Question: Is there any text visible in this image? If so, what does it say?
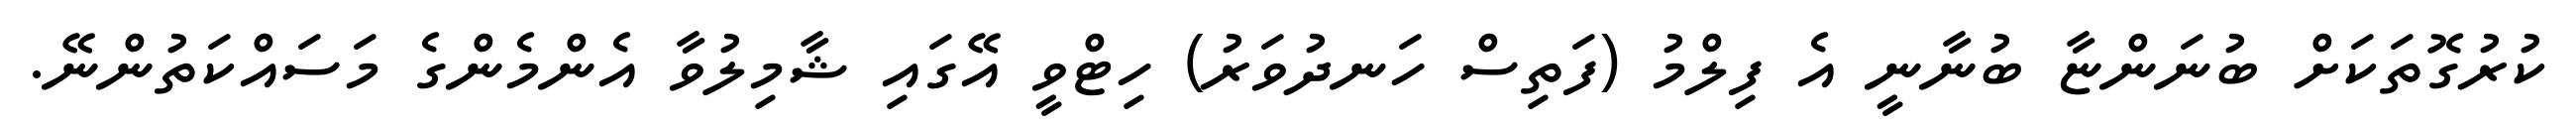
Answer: ކުރުގޮތަކަށް ބުނަންޏާ ބުނާނީ އެ ފިލްމު (ފަތިސް ހަނދުވަރު) ހިޓްވީ އޭގައި ޝާމިލުވާ އެންމެންގެ މަސައްކަތުންނޭ.